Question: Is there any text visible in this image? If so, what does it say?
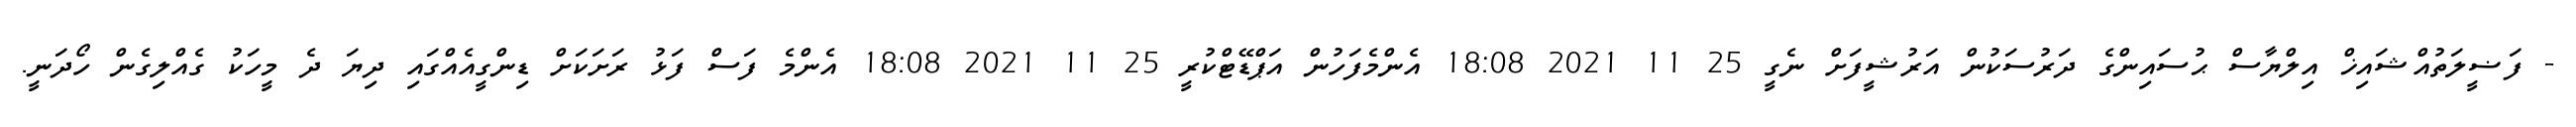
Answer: - ފަޟީލަތުއްޝައިޚް އިލްޔާސް ޙުސައިންގެ ދަރުސަކުން އަރުޝީފަށް ނެގީ 25 11 2021 18:08 އެންމެފަހުން އަޕްޑޭޓްކުރީ 25 11 2021 18:08 އެންމެ ފަސް ފަޅު ރަށަކަށް ޑިންގީއެއްގައި ދިޔަ ދެ މީހަކު ގެއްލިގެން ހޯދަނީ.